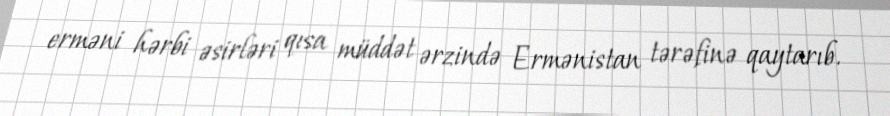
erməni hərbi əsirləri qısa müddət ərzində Ermənistan tərəfinə qaytarıb.